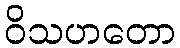
ဝိသဟတော